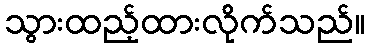
သွားထည့်ထားလိုက်သည်။